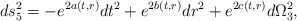
\begin{align*}ds_{5}^{2} = - e^{2a(t,r)}dt^2 + e^{2b(t,r)} dr^2 + e^{2c(t,r)}d\Omega_{3}^2,\end{align*}